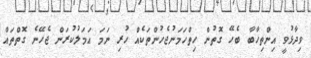
ވިދާޅުވީ އިންތިހާބާ ބެހޭ ގޮތުން ހިތްހަމަނުޖެހުންތަކެއް ހުރި ނަމަ އަމަލުކުރަން ޖެހޭނެ ގޮތްތައް